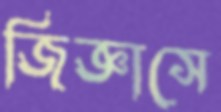
জিজ্ঞাসে